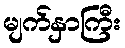
မျက်နှာကြီး